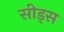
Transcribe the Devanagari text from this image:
सीड्‌स